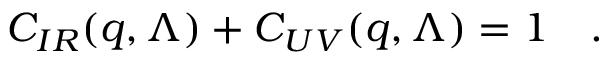
C _ { I R } ( q , \Lambda ) + C _ { U V } ( q , \Lambda ) = 1 \quad .